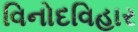
વિનોદવિહાર